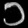
Digit: ၁